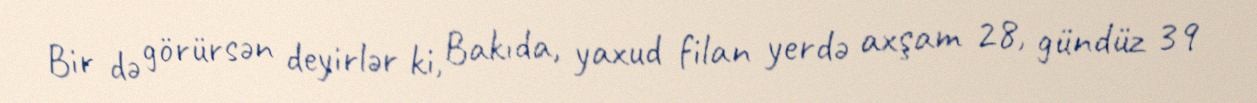
Bir də görürsən deyirlər ki, Bakıda, yaxud filan yerdə axşam 28, gündüz 39